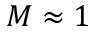
M \approx 1